Indian journal of veterinary science and animal husbandry - Volumes 15-17, 1948-1951
Year: 1948
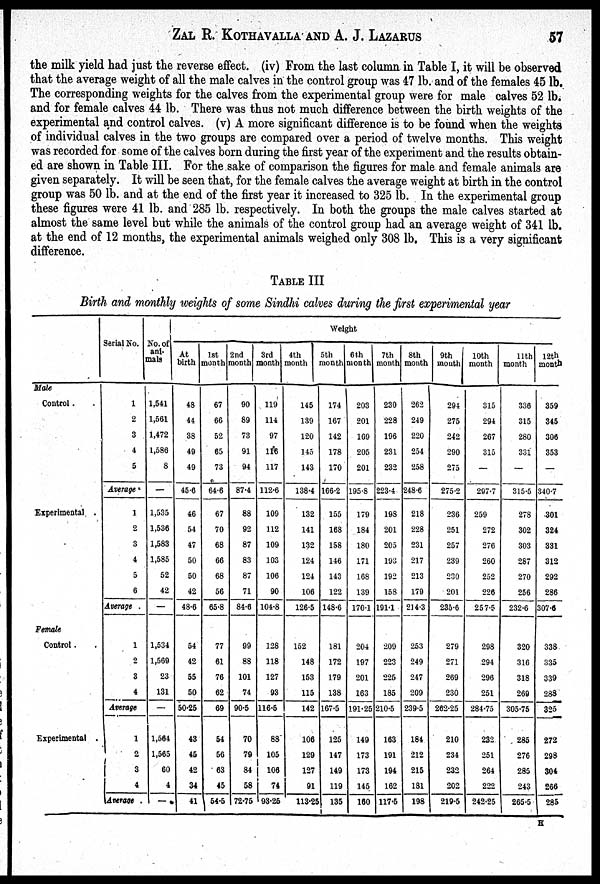
ZAL R. KOTHAVALLA AND A. J. LAZARUS 57
the milk yield had just the reverse effect. (iv) From the last column in Table I, it will be observed
that the average weight of all the male calves in the control group was 47 lb. and of the females 45 lb.
The corresponding weights for the calves from the experimental group were for male calves 52 lb.
and for female calves 44 lb. There was thus not much difference between the birth weights of the
experimental and control calves. (v) A more significant difference is to be found when the weights
of individual calves in the two groups are compared over a period of twelve months. This weight
was recorded for some of the calves born during the first year of the experiment and the results obtain-
ed are shown in Table III. For the sake of comparison the figures for male and female animals are
given separately. It will be seen that, for the female calves the average weight at birth in the control
group was 50 lb. and at the end of the first year it increased to 325 lb. In the experimental group
these figures were 41 lb. and 285 lb. respectively. In both the groups the male calves started at
almost the same level but while the animals of the control group had an average weight of 341 lb.
at the end of 12 months, the experimental animals weighed only 308 lb. This is a very significant
difference.
TABLE III
Birth and monthly weights of some Sindhi calves during the first experimental year
Male
Control . .
Experimental .
Female
Control . .
Experimental . .
Serial No.
1
2
3
4
5
Average
1
2
3
4
5
6
Average .
1
2
3
4
Average
1
2
3
4 Average .
No. of
ani-
mals
1,541
1,561
1,472
1,586
8
—
1,535
1,536
1,583
1,585
52
42
—
1,534
1,569
23
131
—
1,564
1,565
60
4
—
Weight
At
birth
48
44
38
49
49
45.6
46
54
47
50
50
42
48.6
54
42
55
50
50.25
43
45
42
34
41
1st
month
67
66
52
65
73
64.6
67
70
68
66
68
56
65.8
77
61
76
62
69
54
56
63
45
54.5
2nd
month
90
89
73
91
94
87.4
88
92
87
83
87
71
84.6
99
88
101
74
90.5
70
79
84
58
72.75
3rd
month
119
114
97
116
117
112.6
109
112
109
103
106
90
104.8
128
118
127
93
116.5
88
105
106
74
93.25
4th
month
145
139
120
145
143
138.4
132
141
132
124
124
106
126.5
152
148
153
115
142
106
129
127
91
113.25
5th
month
174
167
142
178
170
166.2
155
168
158
146
143
122
148.6
181
172
179
138
167.5
125
147
149
119
135
6th
month
203
201
169
205
201
195.8
179
184
180
171
168
139
170.1
204
197
201
163
191.25
149
173
173
145
160
7th
month
230
228
196
231
232
223.4
198
201
205
193
192
158
191.1
209
223
225
185
210.5
163
191
194
162
117.5
8th
month
262
249
220
254
258
248.6
218
228
231
217
213
179
214.3
253
249
247
209
239.5
184
212
215
181
198
9th
month
294
275
242
290
275
275.2
236
251
257
239
230
201
235.6
279
271
269
230
262.25
210
234
232
202
219.5
10th
month
315
294
267
315
—
297.7
259
272
276
260
252
226
257.5
298
294
296
251
284.75
232
251
264
222
242.25
11th
month
336
315
280
331
—
315.5
278
302
303
287
270
256
232.6
320
316
318
269
305.75
285
276
285
243
265.5
12th
month
359
345
306
353
—
340.7
301
324
331
312
292
286
307.6
338
335
339
288
325
272
298
304
266
285
H